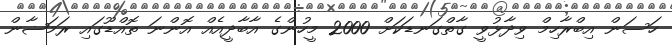
ހަސަން އިބްރާހިމް ވިދާޅުވީ ގާތްގަނޑަކަށް 2000 މީހުންގެ އާބާދީއެއް އޮންނަ ތޮއްޑޫގައި ރަމަޟާން